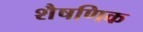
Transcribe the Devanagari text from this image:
शैषणिक